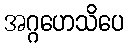
အဂ္ဂဟေသိပေ